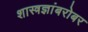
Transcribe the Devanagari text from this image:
शास्त्रज्ञांबरोबर